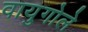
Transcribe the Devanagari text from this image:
वायुगोले